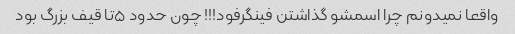
واقعا نمیدونم چرا اسمشو گذاشتن فینگرفود!!! چون حدود ۵تا قیف بزرگ بود